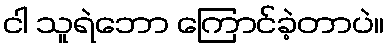
ငါ သူရဲဘော ကြောင်ခဲ့တာပဲ။